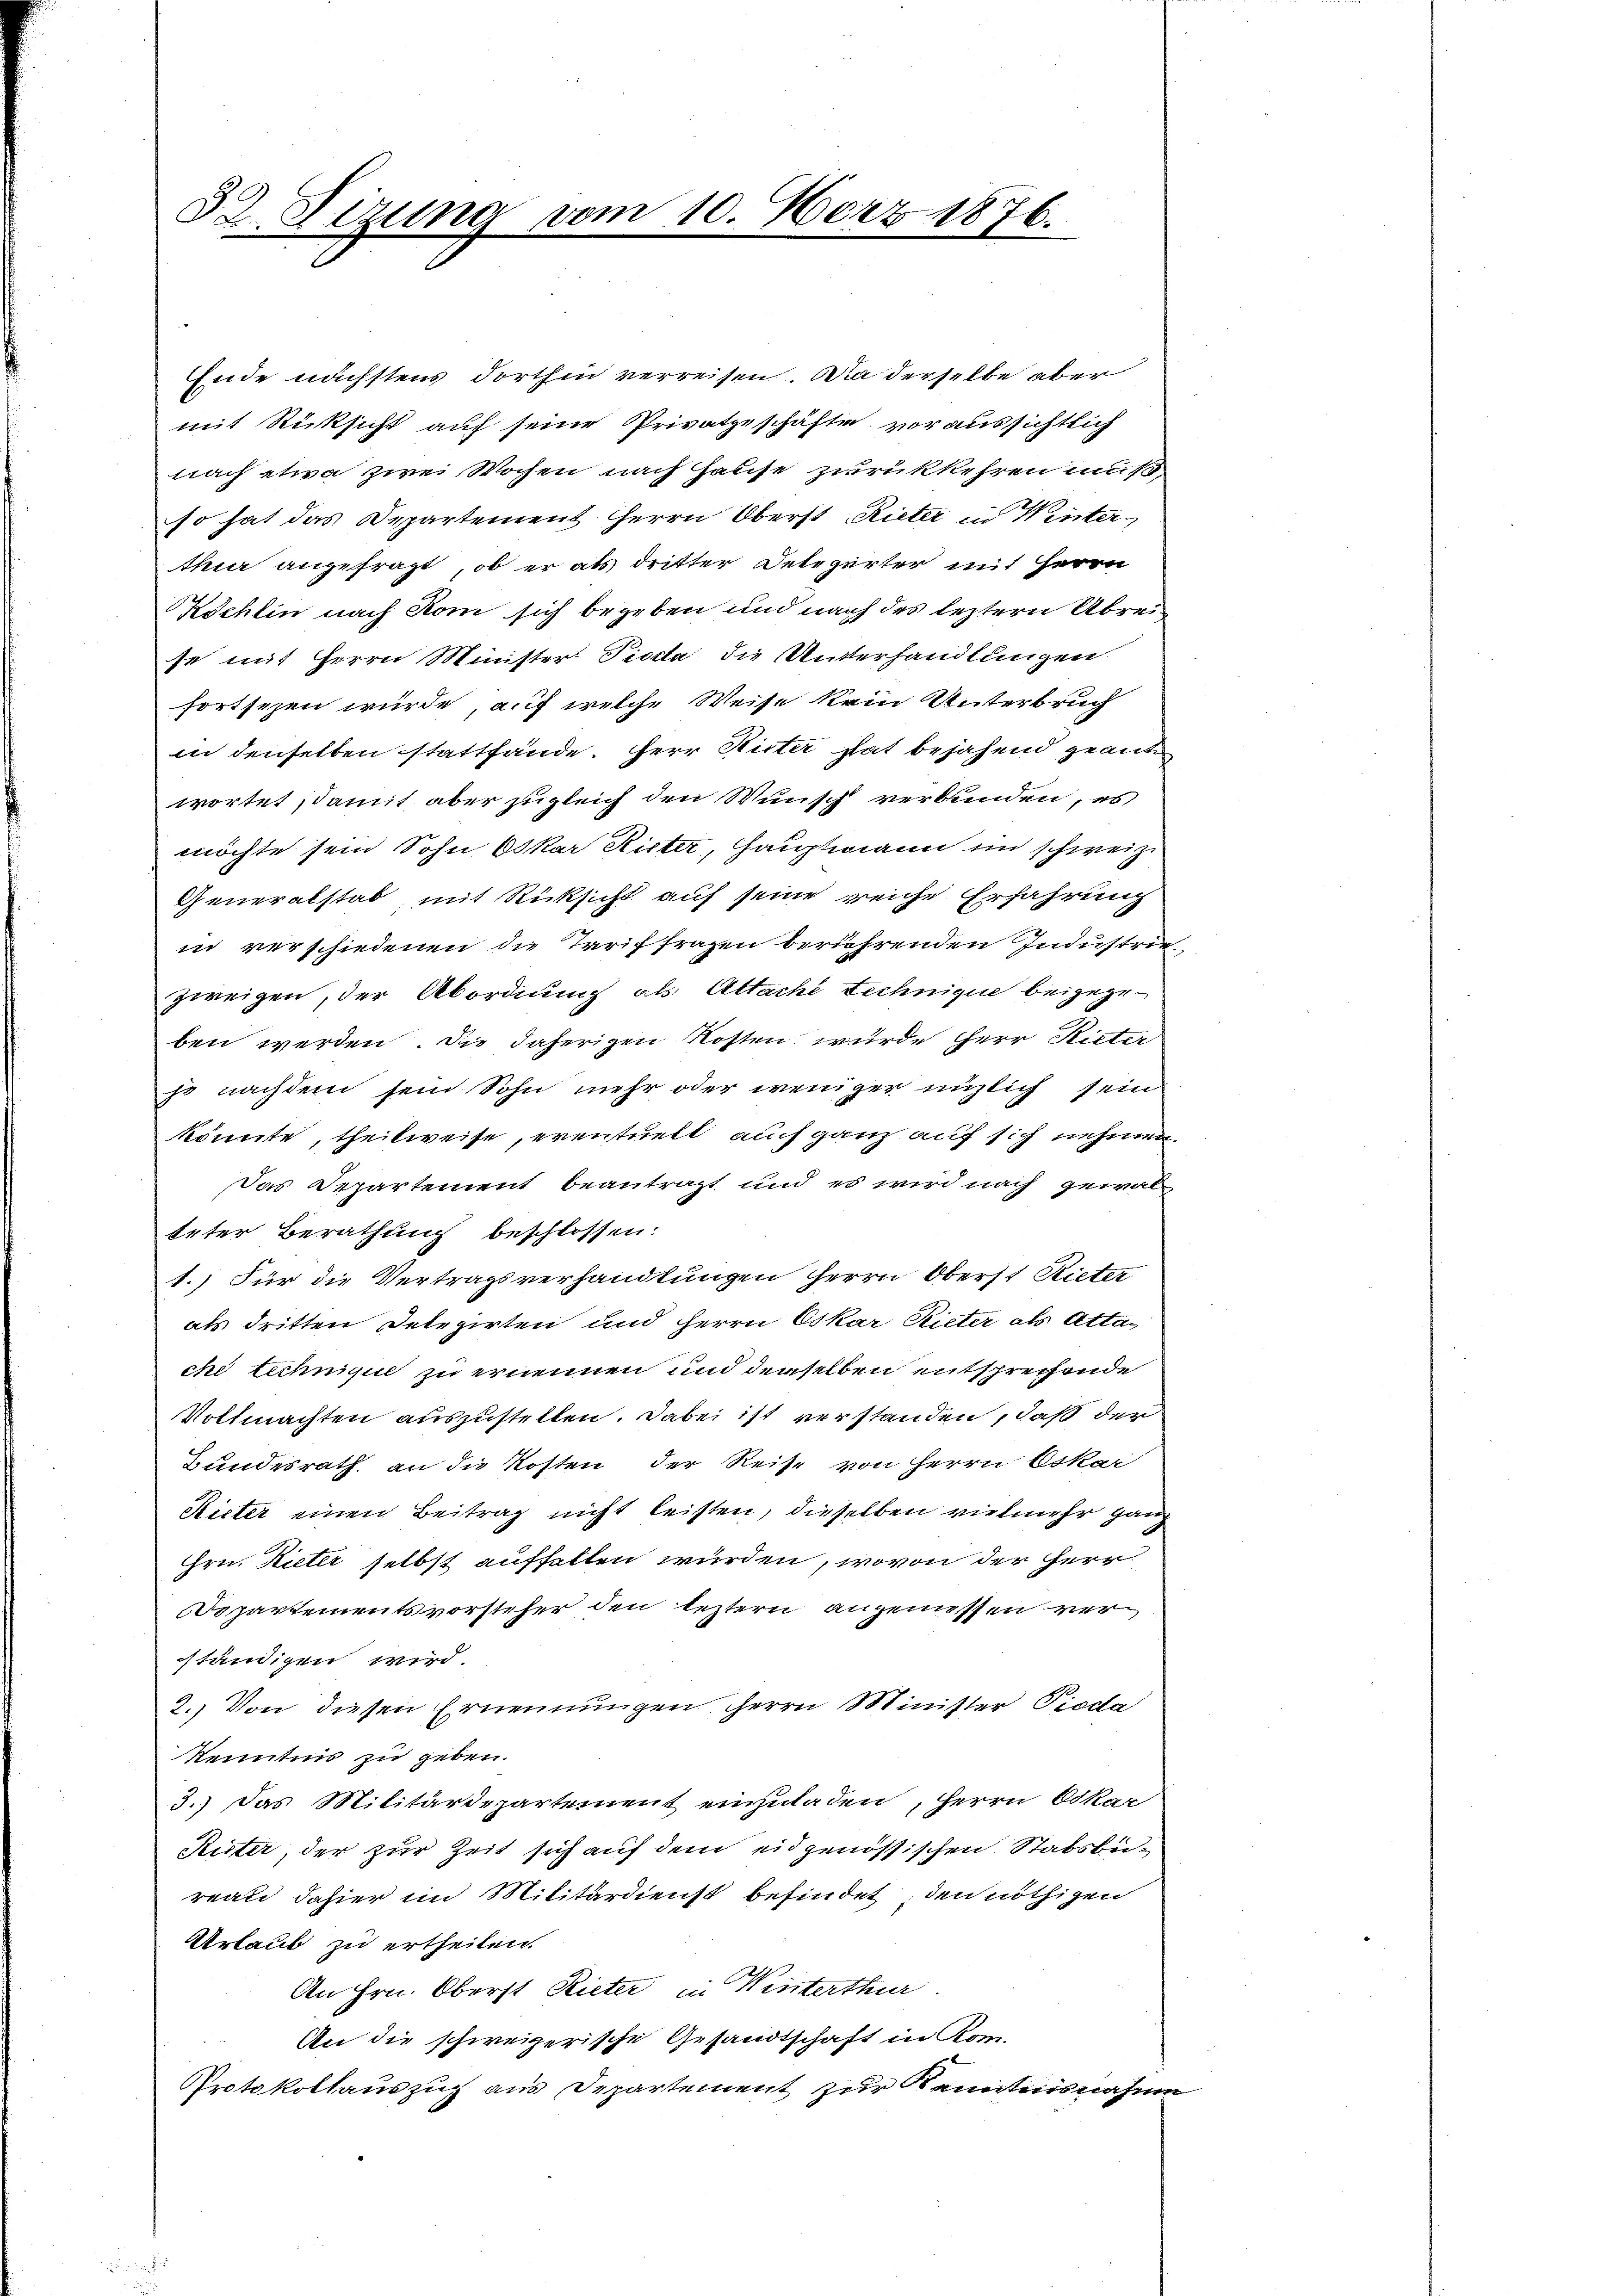
32. Dizung vom 10. März 1876.

Ende nächstens dorthin verreisen. Da derselbe aber
mit Rücksicht auf seine Privatgeschäfte voraussichtlich
nach etwa zwei Wochen nach Hause zurückkehren muß,
so hat das Departement Herrn Oberst Rieter in Winter
thur angefragt, ob er als dritter Delegerter mit Herrn
Köchlin nach Rom sich begeben und nach des leztern Abreise mit Herrn Minister Piotta die Unterhandlungen
fortsetzen würde, auf welche Weise kein Unterbruch
in denselben stattfände. Herr Suter hat bejahend geant
wortet; damit aber zugleich den Wunsch verbunden, es
möchte sein Sohn Oskar Ritter, Hauptmann in schweiz.
Generalstab, mit Rücksicht auf seine reiche Erfahrung
in verschiedenen die Tariffragen berührenden Industriezweigen, der Abordnung als Altache Technique beigegeben werden. Die daherigen Kosten wurde Herr Rieter
js nachdem sein Sohn mehr oder weniger unzlich sein
könnte, theilweise, eventuelt, auch ganz auf sich nehmen.
Das Departement beantragt und es wird nach gewalteter Berathung beschlossen:
1.) Für die Vertragsverhandlungen herrn Oberst Rieter
als dritten Delegirten und Herrn Oskar Rieter als Atta-
che technique zu ernennen und denselben entsprechende
Vollmachten auszustellen. Dabei ist verstanden, daß der
Bundesrath, an die Kosten der Reise von Herrn Oskar
Rieter einen Beitrag nicht leisten, dieselben vielmehr ganz
Hrn. Kieter selbst auffallen würden, wovon der Herr
Departementsvorsteher den leztern angeniessen verständigen wird.
2.) Von diesen Ernennungen Herrn Minister Pioda
Kenntnis zu geben.
3.) Das Militärdepartement einzuladen, Herrn Oskar
Ruter, der zur Zeit sich auf dem eidgenössischen Stabsbureau dahier im Militärdienst befindet, den nöthigen
Urlaub zu ertheilen.
An Hrn. Oberst Rieter in Winterthur.
An die schweizerische Gesandtschaft in Kom-
Protokollauszug aus Departement zur Kenntnisnahme